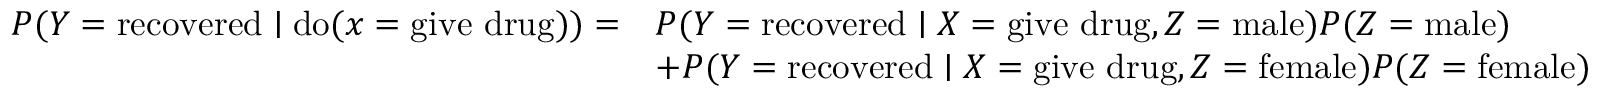
{ \begin{array} { r l } { P ( Y = { \mathrm { r e c o v e r e d } } \mid { \mathrm { d o } } ( x = { \mathrm { g i v e ~ d r u g } } ) ) = } & { P ( Y = { \mathrm { r e c o v e r e d } } \mid X = { \mathrm { g i v e ~ d r u g } } , Z = { \mathrm { m a l e } } ) P ( Z = { \mathrm { m a l e } } ) } \\ & { + P ( Y = { \mathrm { r e c o v e r e d } } \mid X = { \mathrm { g i v e ~ d r u g } } , Z = { \mathrm { f e m a l e } } ) P ( Z = { \mathrm { f e m a l e } } ) } \end{array} }